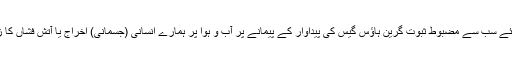
شاید اس کا جواب دینے کے لئے سب سے مضبوط ثبوت گرین ہاؤس گیس کی پیداوار کے پیمانے پر آب و ہوا پر ہمارے انسانی (جسمانی) اخراج یا آتش فشاں کا زیادہ اثر و رسوخ رکھتے ہیں۔